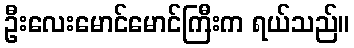
ဦးလေးမောင်မောင်ကြီးက ရယ်သည်။